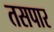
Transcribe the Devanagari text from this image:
तसपार